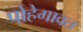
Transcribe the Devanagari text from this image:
पोहेगावत